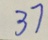
3 7